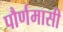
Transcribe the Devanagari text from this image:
पौर्णमासी